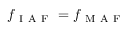
f _ { \mathrm { ~ I ~ A ~ F ~ } } = f _ { \mathrm { ~ M ~ A ~ F ~ } }